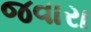
જવારા